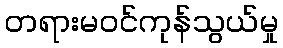
တရားမဝင်ကုန်သွယ်မှု